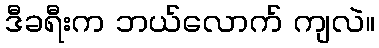
ဒီခရီးက ဘယ်လောက် ကျလဲ။